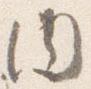
内